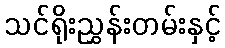
သင်ရိုးညွှန်းတမ်းနှင့်